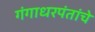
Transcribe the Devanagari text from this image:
गंगाधरपंतांचे